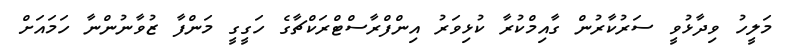
މަލީހު ވިދާޅުވީ ސަރުކާރުން ގާއިމްކުރާ ކުޅިވަރު އިންފްރާސްޓްރަކްޗާގެ ހަގީގީ މަންފާ ޒުވާނުންނާ ހަމައަށް